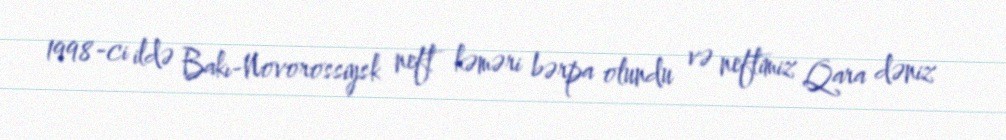
1998-ci ildə Bakı-Novorossiysk neft kəməri bərpa olundu və neftimiz Qara dəniz